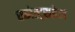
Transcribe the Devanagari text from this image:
स्कोत्ट्सडेल